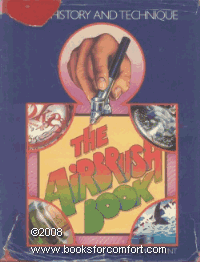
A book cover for The Airbrush Book, Art, History and Technique; Seng-Gye Tombs Curtis; Arts & Photography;